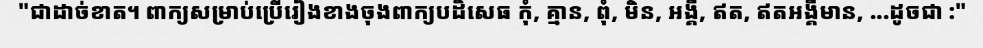
"ជាដាច់ខាត។ ពាក្យសម្រាប់ប្រើរៀងខាងចុងពាក្យបដិសេធ កុំ, គ្មាន, ពុំ, មិន, អង្គឺ, ឥត, ឥតអង្គឺមាន, ...ដូចជា :"